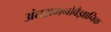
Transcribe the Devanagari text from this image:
अंतरामनोवैज्ञानिक